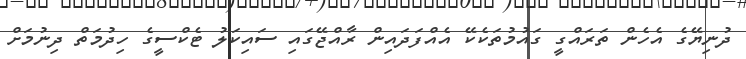
ދުނިޔޭގެ އެހެން ތަރައްގީ ގައުމުތަކެކޭ އެއްފަދައިން ރާއްޖޭގައި ސައިކަލު ޓެކްސީގެ ހިދުމަތް ދިނުމަށް